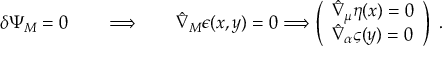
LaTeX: \delta \Psi _ { M } = 0 \qquad \Longrightarrow \qquad \hat { \nabla } _ { M } \epsilon ( x , y ) = 0 \Longrightarrow \left( \begin{array} { l } { { \hat { \nabla } _ { \mu } \eta ( x ) = 0 } } \\ { { \hat { \nabla } _ { \alpha } \varsigma ( y ) = 0 } } \end{array} \right) \ .